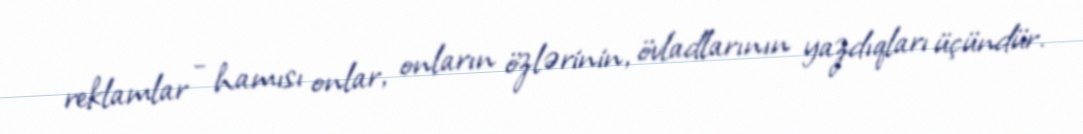
reklamlar - hamısı onlar, onların özlərinin, övladlarının yazdıqları üçündür.